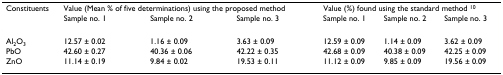
<table><thead><tr><td><b>Constituents</b></td><td colspan="3"><b>Value (Mean % of five determinations) using the proposed method</b></td><td colspan="3"><b>Value (%) found using the standard method <sup>10</sup></b></td></tr><tr><td></td><td><b>Sample no. 1</b></td><td><b>Sample no. 2</b></td><td><b>Sample no. 3</b></td><td><b>Sample no. 1</b></td><td><b>Sample no. 2</b></td><td><b>Sample no. 3</b></td></tr></thead><tbody><tr><td>Al<sub>2</sub>O<sub>3</sub></td><td>12.57 ± 0.02</td><td>1.16 ± 0.09</td><td>3.63 ± 0.09</td><td>12.59 ± 0.09</td><td>1.14 ± 0.09</td><td>3.62 ± 0.09</td></tr><tr><td>PbO</td><td>42.60 ± 0.27</td><td>40.36 ± 0.06</td><td>42.22 ± 0.35</td><td>42.68 ± 0.09</td><td>40.38 ± 0.09</td><td>42.25 ± 0.09</td></tr><tr><td>ZnO</td><td>11.14 ± 0.19</td><td>9.84 ± 0.02</td><td>19.53 ± 0.11</td><td>11.12 ± 0.09</td><td>9.85 ± 0.09</td><td>19.56 ± 0.09</td></tr></tbody></table>